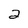
Character: 2